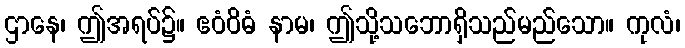
ဌာနေ၊ ဤအရပ်၌။ ဧဝံဝိဓံ နာမ၊ ဤသို့သဘောရှိသည်မည်သော။ ကုလံ၊